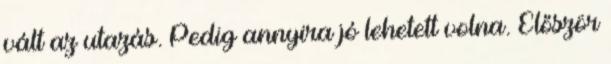
vált az utazás. Pedig annyira jó lehetett volna. Először